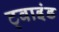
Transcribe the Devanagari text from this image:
ट्वाइंड